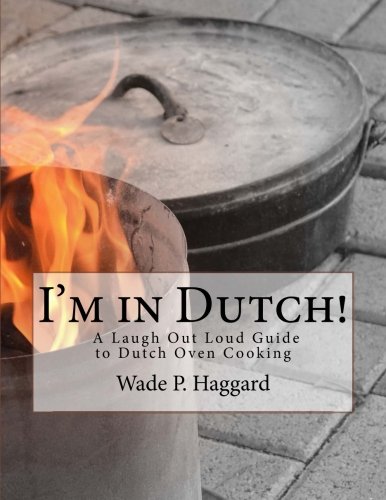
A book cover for I'm in Dutch! A Laugh Out Loud Guide to Dutch oven Cooking.; Wade P. Haggard; Cookbooks, Food & Wine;